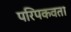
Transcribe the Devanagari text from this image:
परिपकवता